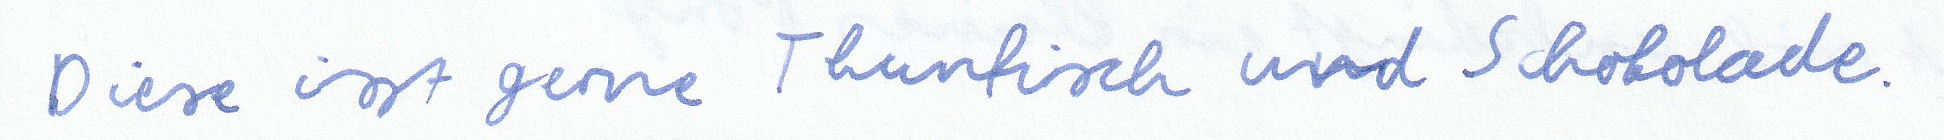
Diese isst gerne Thunfisch und Schokolade.